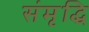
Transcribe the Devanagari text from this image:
संमृृद्धि